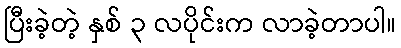
ပြီးခဲ့တဲ့ နှစ် ၃ လပိုင်းက လာခဲ့တာပါ။